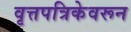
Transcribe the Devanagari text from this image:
वृत्तपत्रिकेवरून